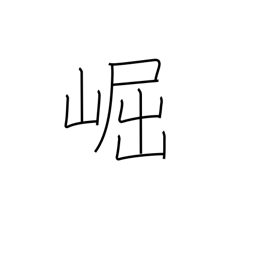
Meaning: high & lofty (mountains)